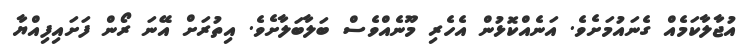
އުޖާލާކަމެއް ގެނައުމަށެވެ. އަނެއްކޮޅުން އެހެރި މޫނެއްވެސް ބަލާބަލާށެވެ. އިތުރަށް އޭނަ ރޯން ފަށައިފިއްޔާ